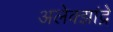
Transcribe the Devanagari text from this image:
अलेक्झांद्रे